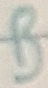
Text: B